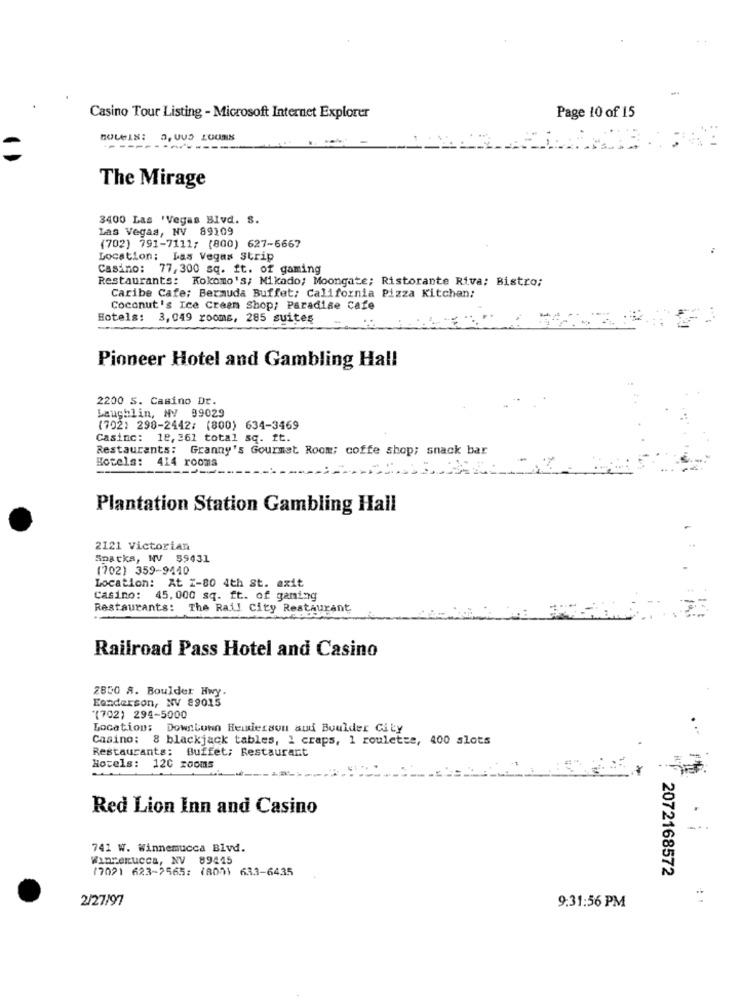
Page 10 of 15
Casino Tour Listing - Microsoft Internet Explorer
BOLeIS: D, UUD LOONE
The Mirage
3400 Las 'Vegas Blvd. S.
Las Vegas, NV 89109
(702) 791-7111; (800) 627-6667
Location: Las Vegas Strip
Casino: 77,300 sq. ft. of gaming
Restaurants: Kokomo's; Mikado; Moongate; Ristorante Riva; Bistro:
Caribe Cafe: Bermuda Buffet; California Pizza Kitchen:
Coconut's Ice Cream Shop; Paradise Cafe
Hotels: 3,049 rooms, 285 suites
Pioneer Hotel and Gambling Hall
2200 S. Casino Dt.
Laughlin, NV 99029
(702) 298-2442; (800) 634-3469
Casinc: 18, 361 total sq. ft.
Restaurants: Granny's Gourmet Room; coffe shop; snack bar
Hotels: 414 rooms
Plantation Station Gambling Hall
2121 Victorian
Sparks, NV $9431
(702) 359-9440
Location: At Z-80 4th St. axit
Casino: 45,000 sq. ft. of gaming
Restaurants: The Rail City Restaurant
Railroad Pass Hotel and Casino
2850 8. Boulder Hwy.
Eanderson, NV 89015
"(702) 294-5000
Location: Downtown Henderson aud Boulder City
Casino: 8 blackjack tables, 1 craps, 1 roulette, 400 slots
Restaurants: Buffet; Restaurant
Hotels: 120 rooms
Red Lion Inn and Casino
741 W. Winnemucca Blvd.
Winnemucca, NV 89445
17021 623-2565: (8001 633-6435
2072168572
2/27/97
9:31:56 PM